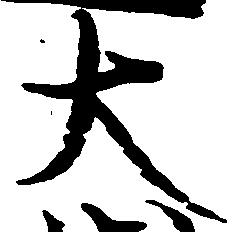
大